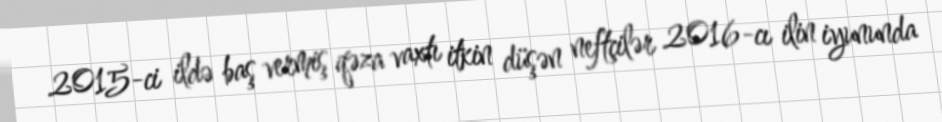
2015-ci ildə baş vermiş qəza vaxtı itkin düşən neftçilər 2016-cı ilin iyununda